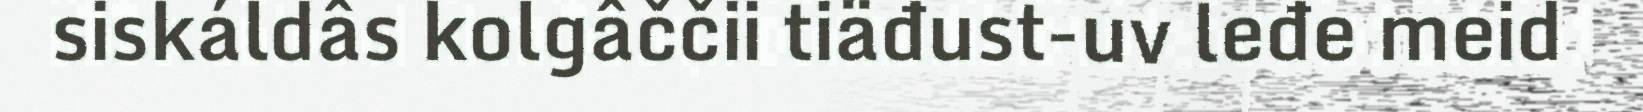
siskáldâs kolgâččii tiäđust-uv leđe meid